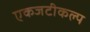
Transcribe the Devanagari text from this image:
एकजटीकल्प